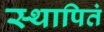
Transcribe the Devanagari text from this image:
स्थापितं